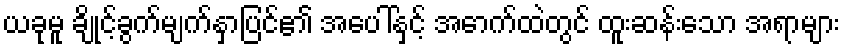
ယခုမူ ချိုင့်ခွက်မျက်နှာပြင်၏ အပေါ်နှင့် အောက်ထဲတွင် ထူးဆန်းသော အရာများ